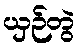
ယှဉ်တွဲ